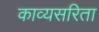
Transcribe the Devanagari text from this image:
काव्यसरिता